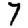
Digit: 7